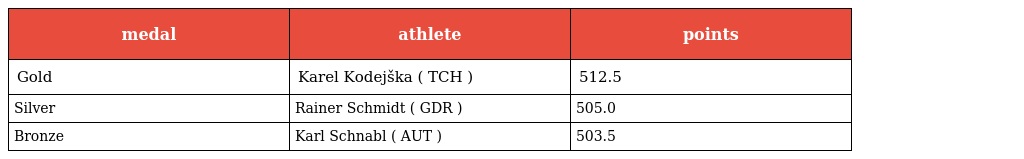
| medal | athlete | points |
 | --- | --- | --- |
 | Gold | Karel Kodejška ( TCH ) | 512.5 |
 | Silver | Rainer Schmidt ( GDR ) | 505.0 |
 | Bronze | Karl Schnabl ( AUT ) | 503.5 |